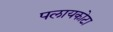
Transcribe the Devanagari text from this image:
पलायकोटा